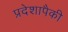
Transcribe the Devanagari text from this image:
प्रदेशापैकी